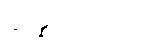
ဆိန္နကထော